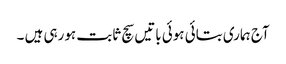
آج ہماری بتائی ہوئی باتیں سچ ثابت ہورہی ہیں ۔